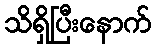
သိရှိပြီးနောက်